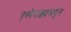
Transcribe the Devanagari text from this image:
एस्पेरांझामधून